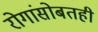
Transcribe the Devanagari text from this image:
रोगांसोबतही